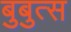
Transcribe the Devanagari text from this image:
बुबुत्स